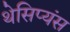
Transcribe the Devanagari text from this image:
थेसिप्यंस